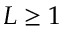
L \geq 1